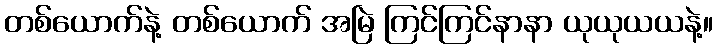
တစ်ယောက်နဲ့ တစ်ယောက် အမြဲ ကြင်ကြင်နာနာ ယုယုယယနဲ့။